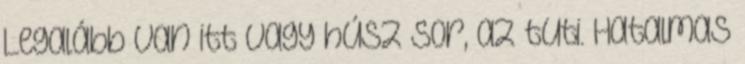
Legalább van itt vagy húsz sor, az tuti. Hatalmas